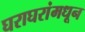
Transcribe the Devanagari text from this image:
घराघरांमधून